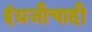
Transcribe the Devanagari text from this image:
इंग्रजीचाही